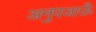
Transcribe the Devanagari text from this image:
अनुपजाऊँ